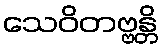
သေဝိတဗ္ဗန္တိ